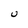
Character: U